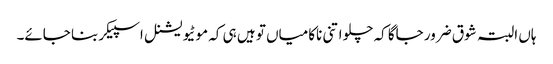
ہاں البتہ شوق ضرور جاگا کہ چلو اتنی ناکامیاں تو ہیں ہی کہ موٹیویشنل اسپیکر بنا جائے۔